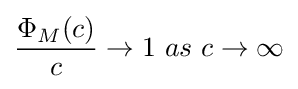
{\frac {\Phi _{M}(c)}{c}}\to 1\ as\ c\to \infty